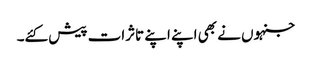
جنہوں نے بھی اپنے اپنے تاثرات پیش کئے۔